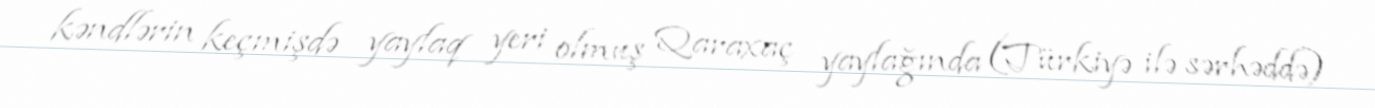
kəndlərin keçmişdə yaylaq yeri olmuş Qaraxaç yaylağında (Türkiyə ilə sərhəddə)